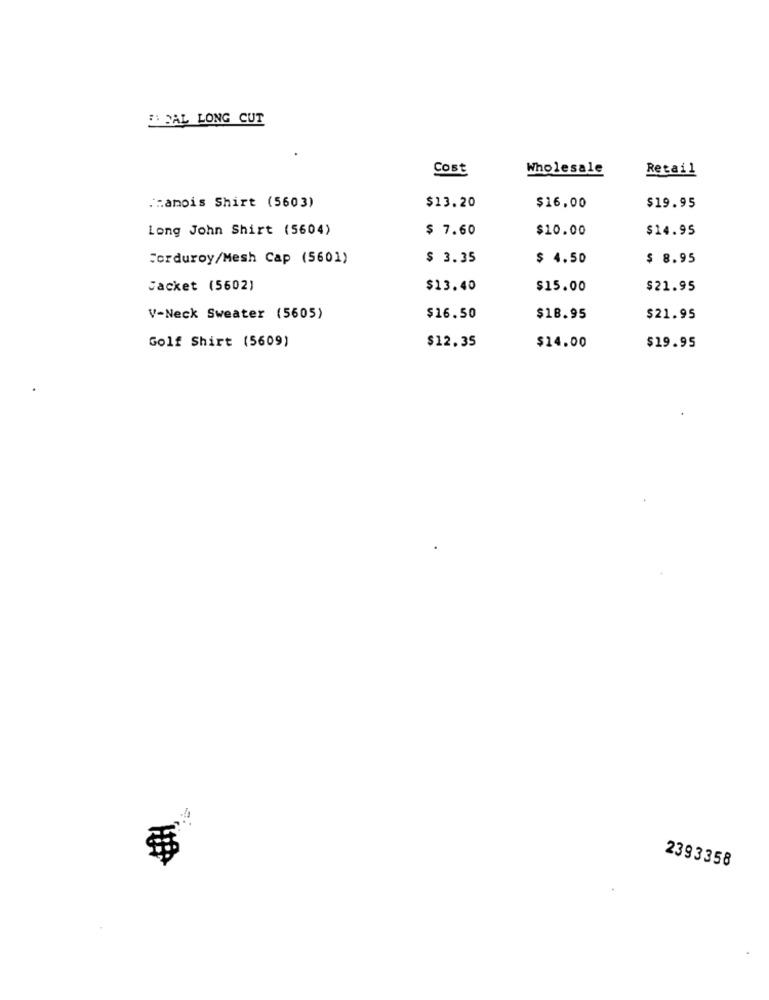
PAL LONG CUT
Cost
Wholesale
Retail
:amois Shirt (5603)
$13.20
$16,00
$19.95
Long John Shirt (5604)
$ 7.60
$10.00
$14.95
Corduroy/Mesh Cap (5601)
$ 3.35
$ 4.50
$ 8.95
Jacket (5602)
$13.40
$15.00
$21.95
V-Neck Sweater (5605)
$16.50
$18.95
$21.95
Golf Shirt (5609)
$12.35
$14.00
$19.95
2393358